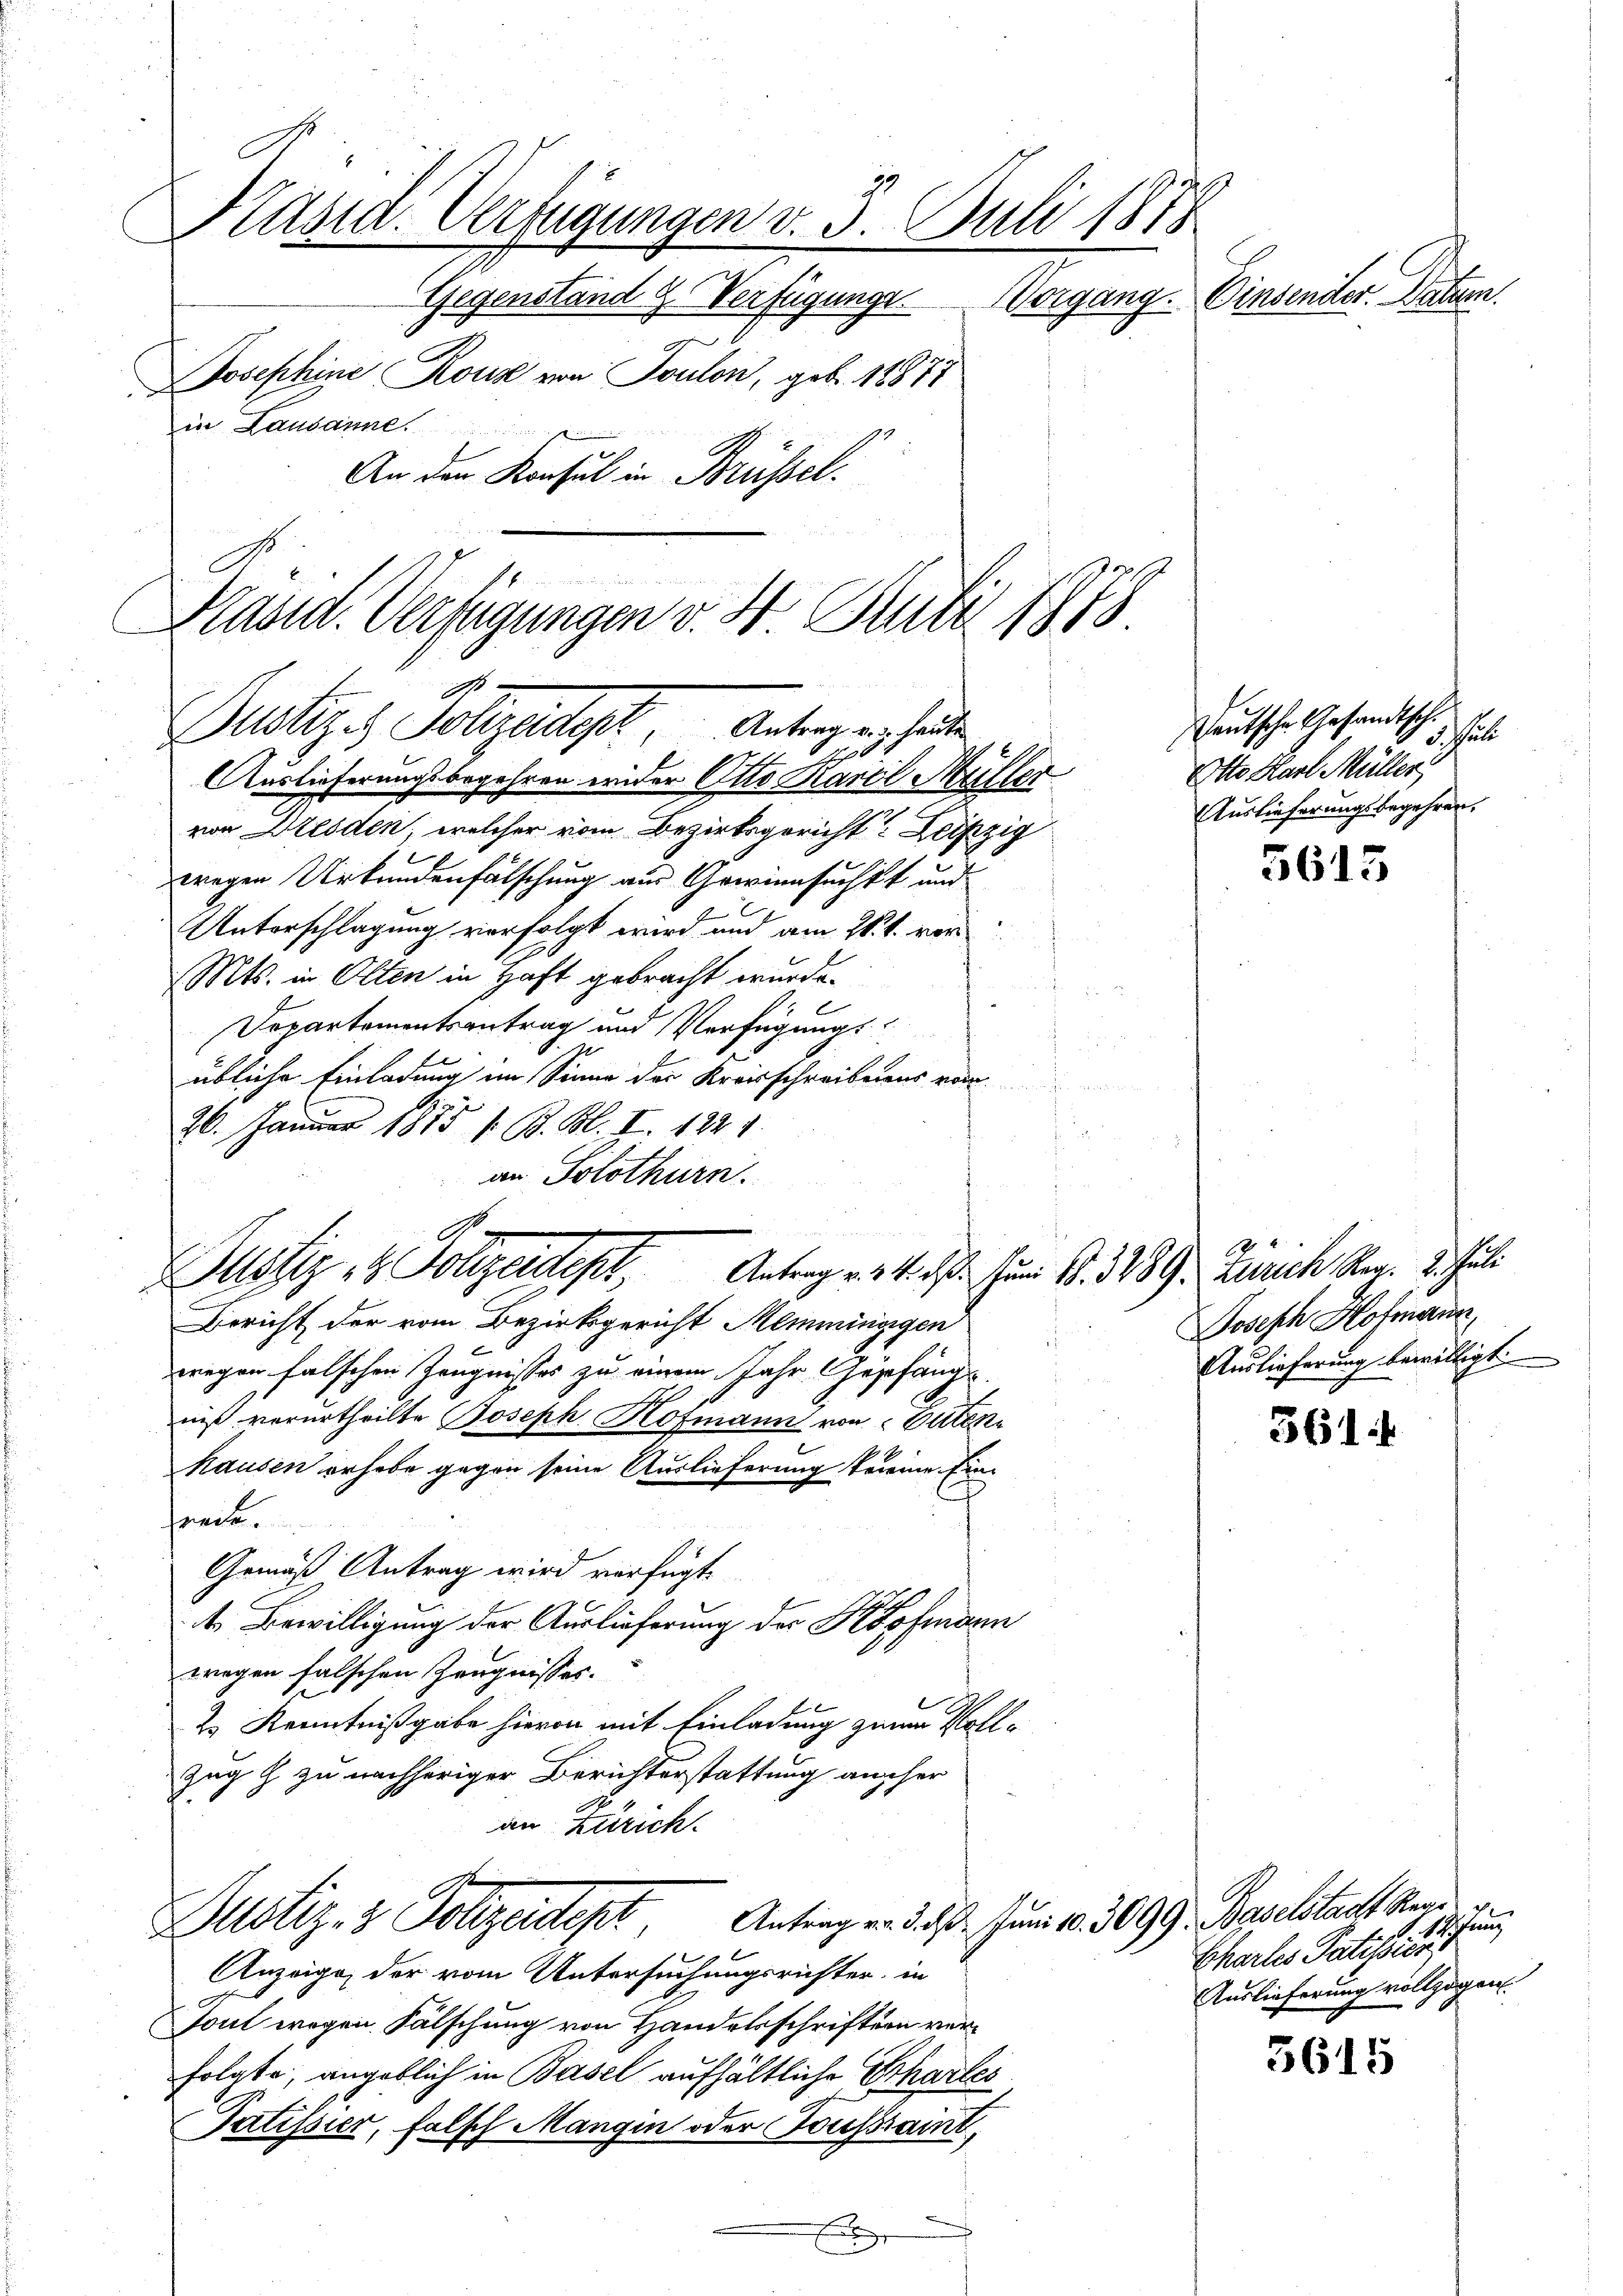
Auslieferungsbegehren wieder Otto Maril Müller

Präsid. Verfügungen v. 3. Juli 1878
Gegenstand u. Verfügunge Vorgang.
Josephine Rouz von Toulon, geb. 18877
in Lausanne
An den Konsul in Brüssel.
Präsid. Verfügungen v. 4. Juli 1873.
2
Deutsche Gesandtsch.
Dustizes Vollzadept, Antrag er heute

von Dresden, welcher vom Bezirksgericht? Leipzig
wegen Urkundenfälschung am Gewinnsuchet und
1
Unterschlagung verfolgt wird und am 26. t. vor
Mts. in Olten in Haft gebracht wurde.
Departementsantrag und Verfügungsübliche Einladung im Sinne der Kreisschreibenus von
i
26. Januar 1873 s. B. Bl. I. 1221.
Bericht der vom Bezirksgericht Memmingigen
wegen falschen Zeugnisses zu einem Jahr Gepfäng
niß verurtheilte Joseph Hofmann von Bitten
hausen erhabe gegen seine Auslieferung treine Einrect.
Gemäß Antrag wird verfügt.
de Bewilligung der Auslieferung der Hofmann
wegen falschen Zeugnisses.
2s Kenntnißgabe hievon mit Einladung zum Voll¬
Zug z zu nachheriger Berichterstattung anscher
an Zürich.
Antrag v. 3. d. Juni 10. 3099. Baselstadt Regi
Justiz- & Polizeitigt,
Anzeige, der vom Untersuchungsrichter, in
Tout wegen Fälschung von Handelsschriften verfolgte, angeblich in Basel aufhältliche Erhartes
Tatissier, falsch Mangin oder Toussaint,

an Solothurn.
e
Justiz & Polizeident Antrag mit des zum No. 318. Zürich Reg. 3. Juli

Dinsender Naturen.

he
Otto Karl Müller
Auslieferungsbegehren.

5615

Joseph Hofmann,
Auslieferung bewilligt.

361.

schung
Echales Patistir
Auslieferung vollzogen.

5615